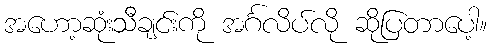
အဟော့ဆုံးသီချင်းကို အင်္ဂလိပ်လို ဆိုပြတာပေါ့။